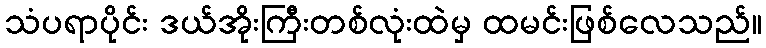
သံပရာပိုင်း ဒယ်အိုးကြီးတစ်လုံးထဲမှ ထမင်းဖြစ်လေသည်။